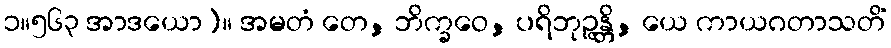
၁။၅၆၃ အာဒယော)။ အမတံ တေ, ဘိက္ခဝေ, ပရိဘုဉ္ဇန္တိ, ယေ ကာယဂတာသတိံ